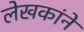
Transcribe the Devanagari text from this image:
लेखकांने